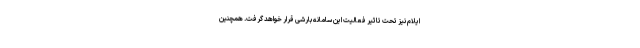
ایلام نیز تحت تاثیر فعالیت این سامانه بارشی قرار خواهد گرفت. همچنین